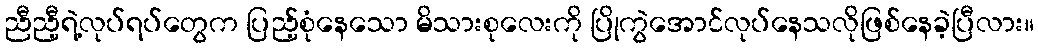
ညီညီ့ရဲ့လုပ်ရပ်တွေက ပြည့်စုံနေသော မိသားစုလေးကို ပြိုကွဲအောင်လုပ်နေသလိုဖြစ်နေခဲ့ပြီလား။